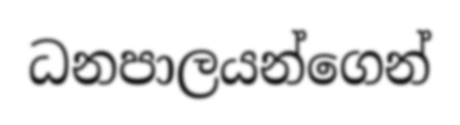
ධනපාලයන්ගෙන්